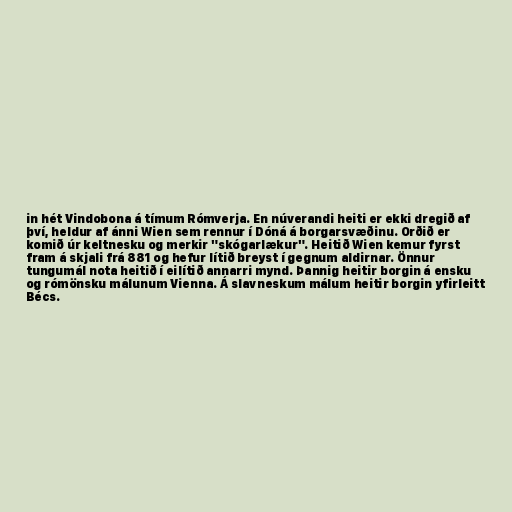
in hét Vindobona á tímum Rómverja. En núverandi heiti er ekki dregið af
því, heldur af ánni Wien sem rennur í Dóná á borgarsvæðinu. Orðið er
komið úr keltnesku og merkir "skógarlækur". Heitið Wien kemur fyrst
fram á skjali frá 881 og hefur lítið breyst í gegnum aldirnar. Önnur
tungumál nota heitið í eilítið annarri mynd. Þannig heitir borgin á ensku
og rómönsku málunum Vienna. Á slavneskum málum heitir borgin yfirleitt
Bécs.